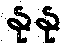
နုနု